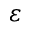
\varepsilon